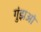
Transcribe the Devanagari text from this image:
गुंझओ